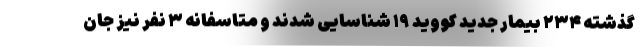
گذشته ۲۳۴ بیمار جدید کووید ۱۹ شناسایی شدند و متاسفانه ۳ نفر نیز جان